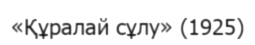
«Құралай сұлу» (1925)